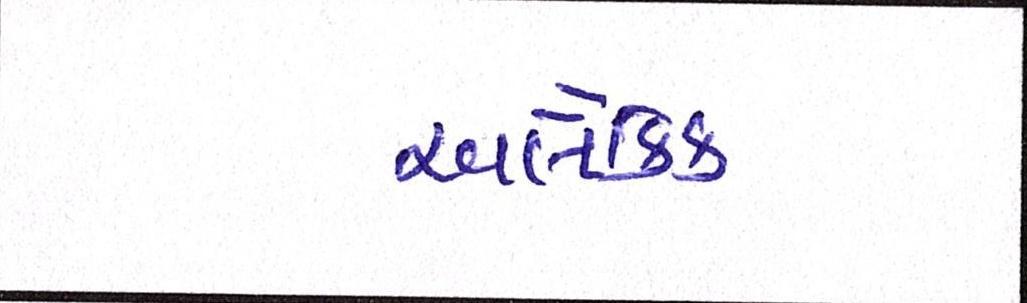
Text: અલૌકિક